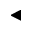
\blacktriangleleft